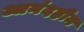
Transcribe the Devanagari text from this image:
आनंदहीन